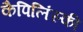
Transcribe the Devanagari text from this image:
कैपिलिंस्की